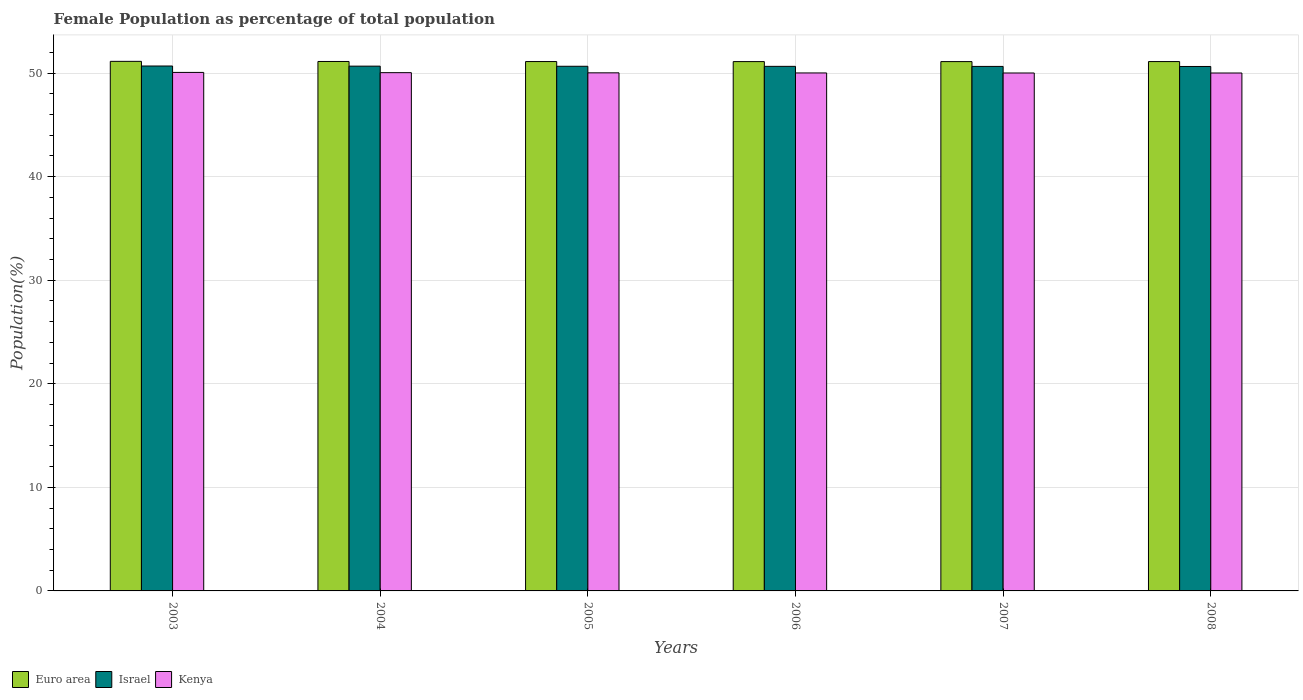
| Years | Euro area | Israel | Kenya |
 | --- | --- | --- | --- |
 | 2003 | 51.1 | 50.7 | 50.1 |
 | 2004 | 51.1 | 50.7 | 50 |
 | 2005 | 51.1 | 50.7 | 50 |
 | 2006 | 51.1 | 50.7 | 50 |
 | 2007 | 51.1 | 50.6 | 50 |
 | 2008 | 51.1 | 50.6 | 50 |